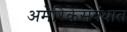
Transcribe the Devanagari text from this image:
अमेरिकेसंबंधात